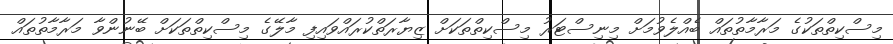
މިސްކިތްތަކުގެ މަރާމާތުތައް ބެއްލެވުމަށް މިނިސްޓަރު މިސްކިތްތަކަށް ޒިޔާރަތްކުރައްވައިފި މާލޭގެ މިސްކިތްތަކަށް ބޭނުންވާ މަރާމާތުތައް